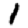
Digit: 1